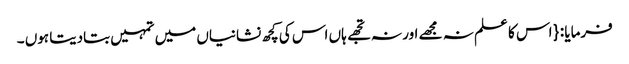
فرمایا : { اس کا علم نہ مجھے اور نہ تجھے ہاں اس کی کچھ نشانیاں میں تمہیں بتادیتا ہوں ۔